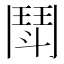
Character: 鬦